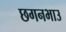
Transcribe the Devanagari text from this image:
छगनभाउ